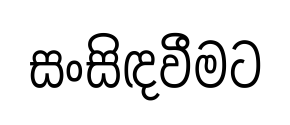
සංසිඳවීමට